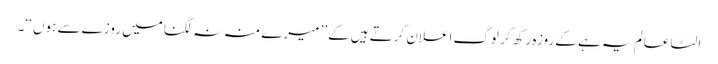
الٹا عالم یہ ہے کے روزہ رکھ کر لوگ اعلان کرتے ہیں کے’’ میرے منہ نہ لگنا میں روزے سے ہوں ‘‘۔